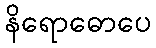
နိရောဓောပေ